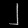
Digit: ၂